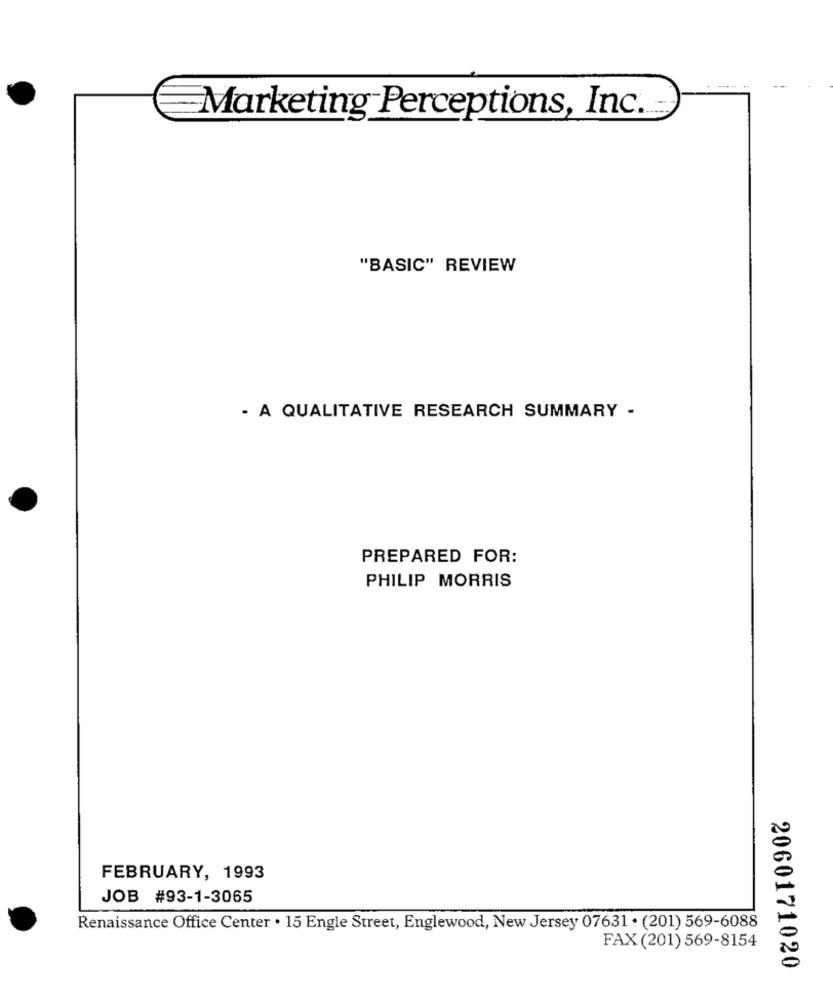
Marketing Perceptions, Inc.
"BASIC" REVIEW
- A QUALITATIVE RESEARCH SUMMARY -
PREPARED FOR:
PHILIP MORRIS
FEBRUARY, 1993
JOB #93-1-3065
Renaissance Office Center . 15 Engle Street, Englewood, New Jersey 07631 . (201) 569-6088
FAX (201) 569-8154
2060171020